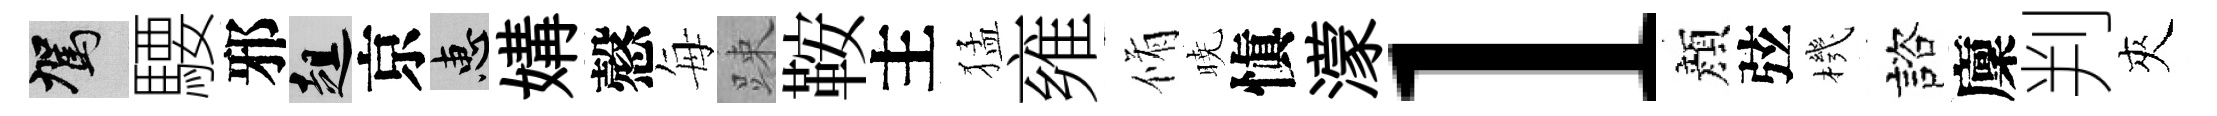
駕騕邪趄京惠媾慤每踈鞍主猛雍脩暁愼濛l顔弦機諮廩判夾